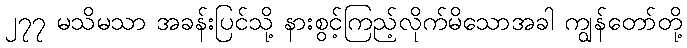
၂၇၇ မသိမသာ အခန်းပြင်သို့ နားစွင့်ကြည့်လိုက်မိသောအခါ ကျွန်တော်တို့